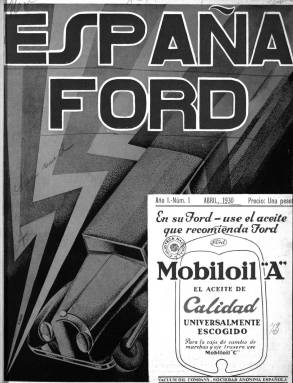
Título: España Ford
Colección: Automovilismo
Ámbito geográfico: Madrid
Lugar de publicación: Madrid
Fechas: 01/04/1930-31/12/1930

Revista mensual nacida en 1930 consagrada a la promoción de los automóviles y motores de la marca Ford y al elogio de su creador, Henry Ford, al que la publicación dedica numerosas páginas y le da un tratamiento de héroe de la vida moderna. El director y propietario de la publicación, Manuel de Valenzuela, era uno de los mayores empresarios dedicados a la venta de coches en Madrid.

   En el primer número de la revista, del mes de abril, se puede leer un amplio reportaje de la Ford Motor Ibérica, la fábrica que la compañía tenía en Barcelona, a la que según la publicación se debía el florecimiento de la industria automovilística en España. En esta factoría, que importaba piezas del extranjero, se montaban y terminaban coches y camiones que se vendían no sólo en nuestro país sino también en  Portugal, África del Norte e Italia, dando trabajo a 500 personas entre operarios y oficinistas.

   En un amplio reportaje gráfico, con las naves, la cadena de montaje y vehículos a medio ensamblar y terminados, se incluye una fotografía de la visita que el Rey Alfonso XIII hizo a la fábrica. También se pueden leer cuadros estadísticos muy útiles para conocer el estado de la producción automovilística en vísperas de la proclamación de la Republica, y cómo las marcas Ford, Chevrolet y Citroën se disputaban el todavía escaso mercado español.

   La publicación, cuya paginación era variada aunque no bajaba de 40 páginas en cada número y con abundante publicidad, dedicaba también espacio a otros productos Ford además de los coches, como aviones, tractores y maquinaria agrícola. En Barcelona se editó en la misma época la Revista Ford, pero no tiene nada que ver con la publicación madrileña. La de la ciudad condal, además de información y anuncios del mundo del motor, incluía secciones de deporte, música, cine y literatura.

   Una de las curiosidades de la revista madrileña es el espacio destinado a la figura de Henry Ford, a quien se le dedican páginas enteras con su biografía, pensamientos, declaraciones, viajes, etc. En concreto, hay una sección con el título Mr. Henry Ford dice en la que se pueden espigar frases dichas por el gran industrial americano a modo de sentencias filosóficas.

   La colección de la BNE se limita sólo al año 1930, sin que parezca que se editaran más números. Es probable que la Revista Ford editada en Barcelona, de mayor calidad, acabara atrayendo a los lectores de la publicación madrileña y ésta desapareciera, pero esto último no ha podido ser confirmado.

[Descripción publicada el 31/10/2019]